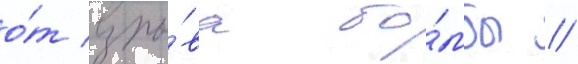
о́т взры́ва бо́мбы //